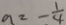
a = - \frac { 1 } { 4 }